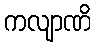
ကလျာဏိ